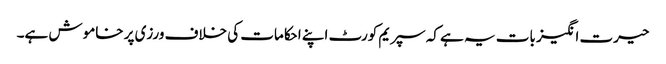
حیرت انگیز بات یہ ہے کہ سپریم کورٹ اپنے احکامات کی خلاف ورزی پر خاموش ہے۔